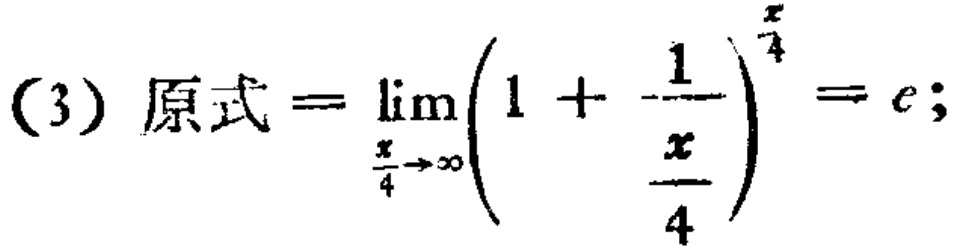
(3) 原式\(=\lim_{\frac{x}{4} \to \infty} \left(1 + \frac{1}{\frac{x}{4}}\right)^{\frac{x}{4}} = e;\)